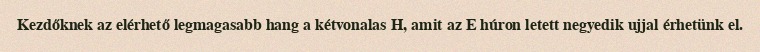
Kezdőknek az elérhető legmagasabb hang a kétvonalas H, amit az E húron letett negyedik ujjal érhetünk el.